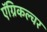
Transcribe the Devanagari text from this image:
ऍग्रिकल्चर